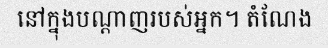
នៅក្នុងបណ្តាញរបស់អ្នក។ តំណែង